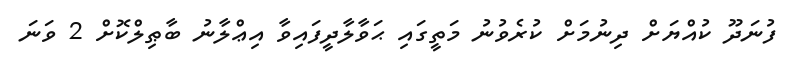
ފުނަދޫ ކުއްޔަށް ދިނުމަށް ކުރެވުނު މަތީގައި ޙަވާލާދީފައިވާ އިޢްލާނު ބާޠިލްކޮށް 2 ވަނަ